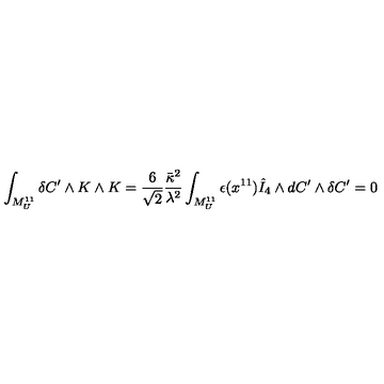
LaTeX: \int _ { M _ { U } ^ { 1 1 } } \delta C ^ { \prime } \wedge K \wedge K = \frac { 6 } { \sqrt { 2 } } \frac { \bar { \kappa } ^ { 2 } } { \lambda ^ { 2 } } \int _ { M _ { U } ^ { 1 1 } } \epsilon ( x ^ { 1 1 } ) \hat { I } _ { 4 } \wedge d C ^ { \prime } \wedge \delta C ^ { \prime } = 0